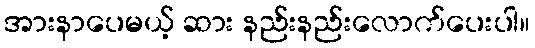
အားနာပေမယ့် ဆား နည်းနည်းလောက်ပေးပါ။